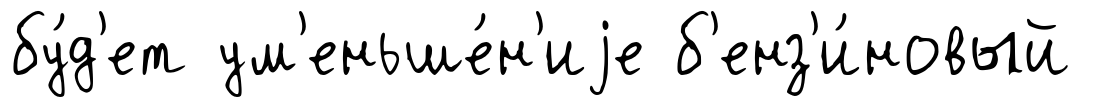
бу́д'ет ум'еньше́н'иjе б'енз'и́новый